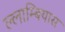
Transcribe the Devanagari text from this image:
ल्लाम्बियास